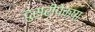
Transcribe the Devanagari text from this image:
दुसरीपेक्षा